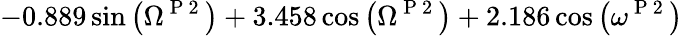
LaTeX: -0.889\sin{\left(\Omega^{\mathrm{~P~2~}}\right)}+3.458\cos{\left(\Omega^{\mathrm{~P~2~}}\right)}+2.186\cos{\left(\omega^{\mathrm{~P~2~}}\right)}